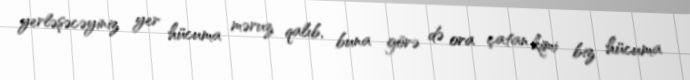
yerləşəcəyiniz yer hücuma məruz qalıb, buna görə də ora çatan kimi biz hücuma